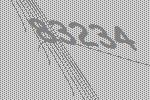
83234